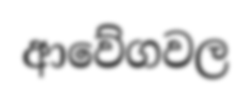
ආවේගවල